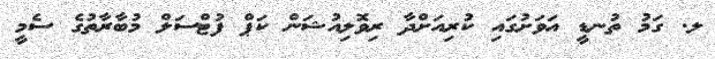
ލ. ގަމު ތުނޑީ އަވަށުގައި ކުރިއަށްދާ ރިވޮލިއުޝަން ކަޕް ފުޓްސަލް މުބާރާތުގެ ސެމީ